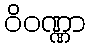
ဝိဝဏ္ဏာ